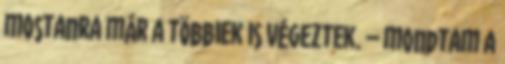
mostanra már a többiek is végeztek. – mondtam a